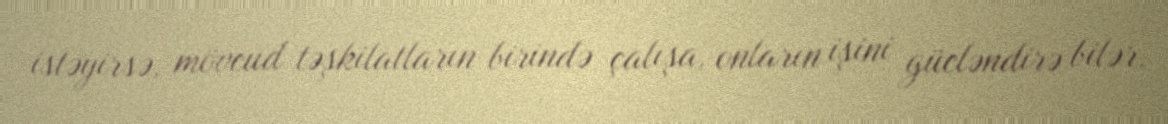
istəyirsə, mövcud təşkilatların birində çalışa, onların işini gücləndirə bilər.